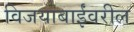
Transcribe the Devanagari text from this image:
विजयाबाईंवरील